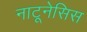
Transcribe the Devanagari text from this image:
नाटूनेसिस